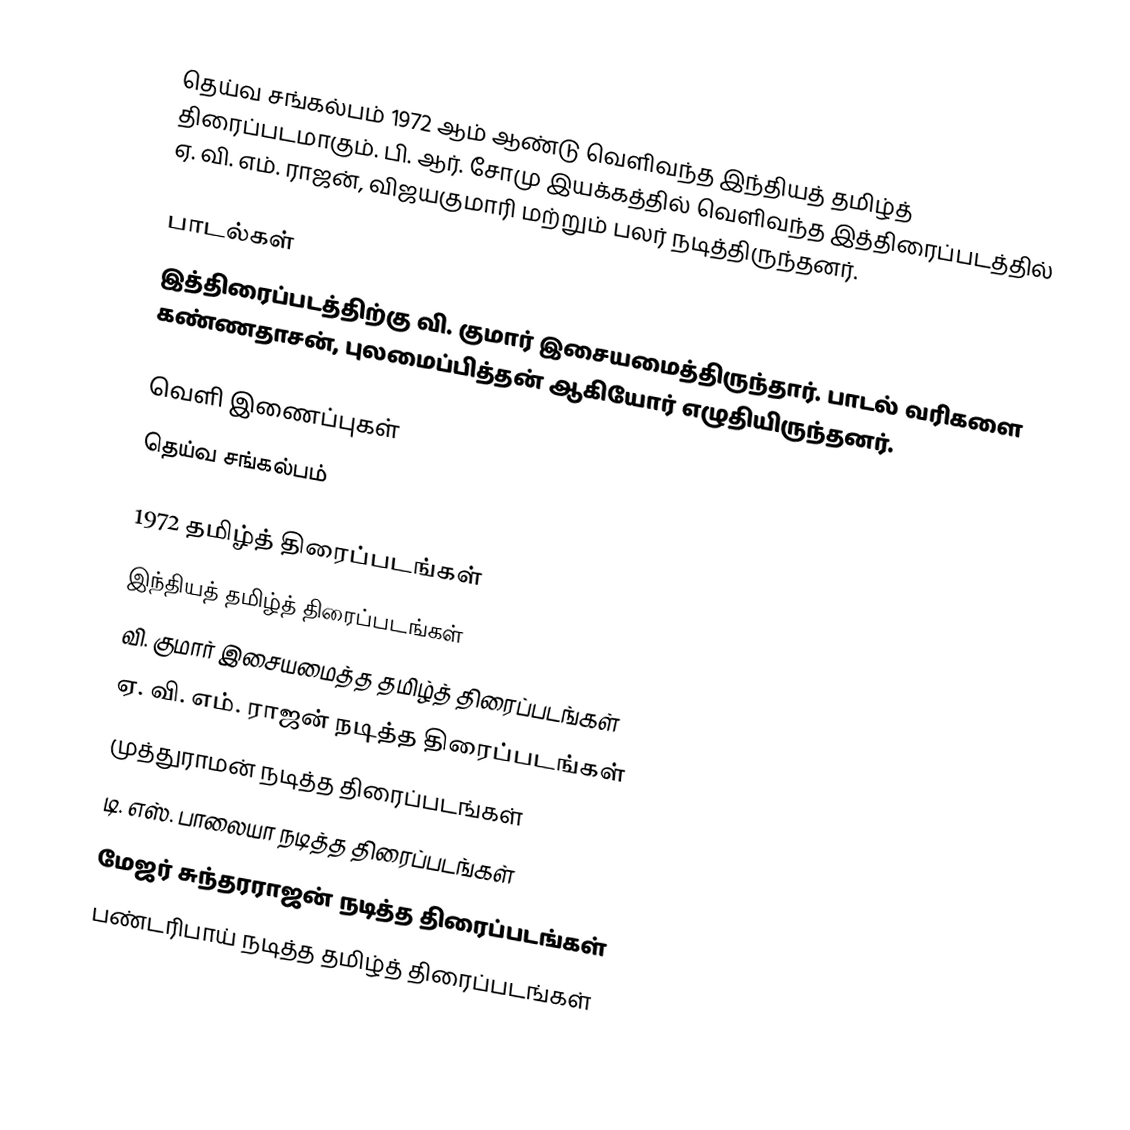
தெய்வ சங்கல்பம் 1972 ஆம் ஆண்டு வெளிவந்த இந்தியத் தமிழ்த் திரைப்படமாகும். பி. ஆர். சோமு இயக்கத்தில் வெளிவந்த இத்திரைப்படத்தில் ஏ. வி. எம். ராஜன், விஜயகுமாரி மற்றும் பலர் நடித்திருந்தனர்.

பாடல்கள்
இத்திரைப்படத்திற்கு வி. குமார் இசையமைத்திருந்தார். பாடல் வரிகளை கண்ணதாசன், புலமைப்பித்தன் ஆகியோர் எழுதியிருந்தனர்.

வெளி இணைப்புகள்
 தெய்வ சங்கல்பம்

1972 தமிழ்த் திரைப்படங்கள்
இந்தியத் தமிழ்த் திரைப்படங்கள்
வி. குமார் இசையமைத்த தமிழ்த் திரைப்படங்கள்
ஏ. வி. எம். ராஜன் நடித்த திரைப்படங்கள்
முத்துராமன் நடித்த திரைப்படங்கள்
டி. எஸ். பாலையா நடித்த திரைப்படங்கள்
மேஜர் சுந்தரராஜன் நடித்த திரைப்படங்கள்
பண்டரிபாய் நடித்த தமிழ்த் திரைப்படங்கள்